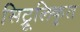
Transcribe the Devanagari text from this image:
सिट्रूलिकृत